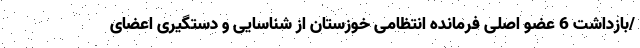
/بازداشت 6 عضو اصلی فرمانده انتظامی خوزستان از شناسایی و دستگیری اعضای